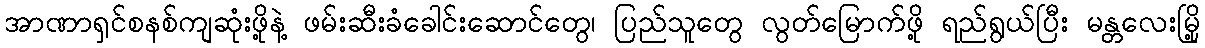
အာဏာရှင်စနစ်ကျဆုံးဖို့နဲ့ ဖမ်းဆီးခံခေါင်းဆောင်တွေ၊ ပြည်သူတွေ လွတ်မြောက်ဖို့ ရည်ရွယ်ပြီး မန္တလေးမြို့